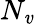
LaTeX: N_{\mathit{v}}